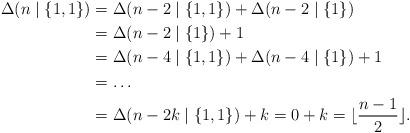
LaTeX: \begin{align*}\Delta(n\mid\{1,1\})&=\Delta(n-2\mid\{1,1\}) + \Delta(n-2\mid\{1\})\\&=\Delta(n-2\mid\{1\}) + 1\\&=\Delta(n-4\mid\{1,1\}) + \Delta(n-4\mid\{1\}) +1\\&=\ldots\\&=\Delta(n-2k\mid\{1,1\}) + k=0 + k=\lfloor\frac{n-1}2\rfloor.\end{align*}